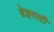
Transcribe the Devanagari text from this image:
ब्रेइरली